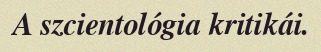
A szcientológia kritikái.